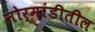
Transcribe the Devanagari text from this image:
नोर्मांडीतील